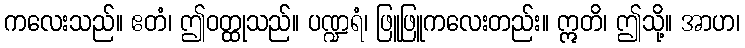
ကလေးသည်။ ဧတံ၊ ဤဝတ္ထုသည်။ ပဏ္ဍရံ၊ ဖြူဖြူကလေးတည်း။ ဣတိ၊ ဤသို့။ အာဟ၊